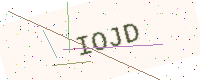
Text: IOJD